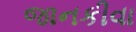
જાનકીવા